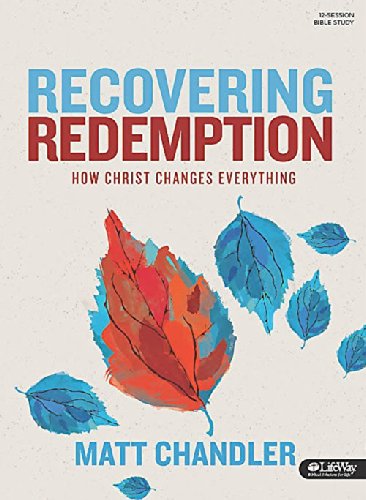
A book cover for Recovering Redemption: How Christ Changes Everything; Matt Chandler; Christian Books & Bibles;